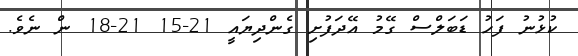
ކުޅުނު ފަހު ޑަބަލްސް ގޭމު އޭދަފުށި ގެންދިޔައީ 21-15 21-18 ން ނެވެ.